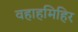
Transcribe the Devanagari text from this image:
वहाहमिहिर